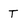
Character: T